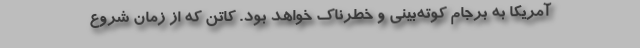
آمریکا به برجام کوته‌بینی و خطر‌ناک خواهد بود. کاتن که از زمان شروع